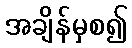
အချိန်မှစ၍